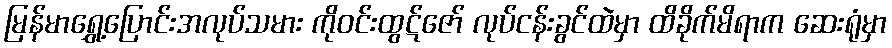
မြန်မာရွှေ့ပြောင်းအလုပ်သမား ကိုဝင်းထွဋ်ဇော် လုပ်ငန်းခွင်ထဲမှာ ထိခိုက်မိရာက ဆေးရုံမှာ